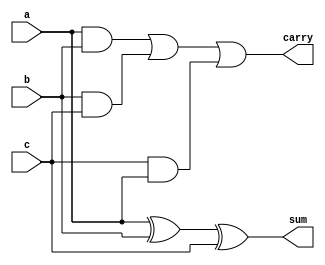
`timescale 1ns / 1ps

module full_adder( input a, b ,c,
                  output sum, carry);

assign sum = a ^ b ^ c;
  assign carry = (a & b) | (b & c)  | (c & a) ;
  
endmodule